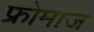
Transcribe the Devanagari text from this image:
फ्रोमाज